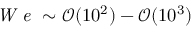
\textit { W e } \sim \mathcal { O } ( 1 0 ^ { 2 } ) - \mathcal { O } ( 1 0 ^ { 3 } )